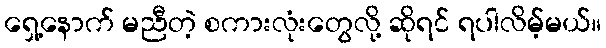
ရှေ့နောက် မညီတဲ့ စကားလုံးတွေလို့ ဆိုရင် ရပါလိမ့်မယ်။